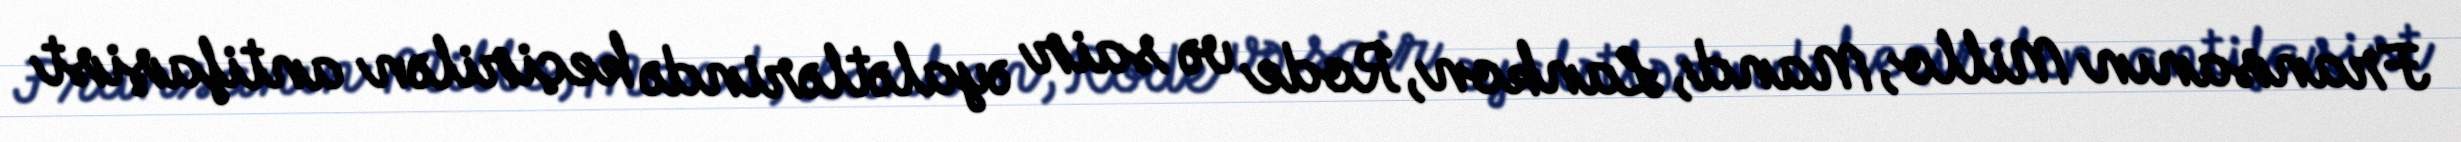
Fransanın Millo, Mand, Lankon, Rode və sair əyalətlərində keçirilən antifaşist